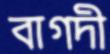
বাগদী